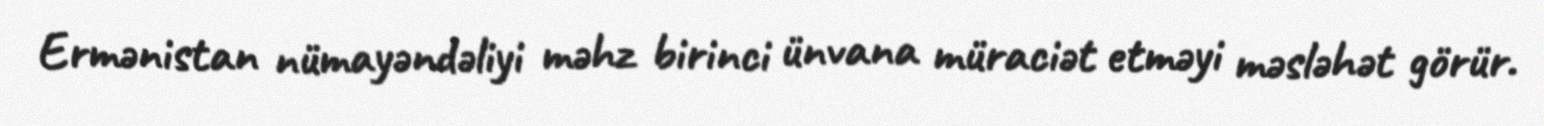
Ermənistan nümayəndəliyi məhz birinci ünvana müraciət etməyi məsləhət görür.